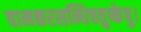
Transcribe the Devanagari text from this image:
वामकरसन्धिचतुष्केषु।